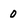
Character: 0